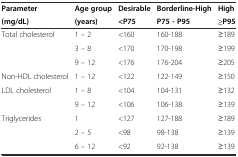
<table><thead><tr><td><b>Parameter</b></td><td><b>Age group</b></td><td><b>Desirable</b></td><td><b>Borderline-High</b></td><td><b>High</b></td></tr><tr><td><b>(mg/dL)</b></td><td><b>(years)</b></td><td><b>&lt;P75</b></td><td><b>P75 - P95</b></td><td><b>≥P95</b></td></tr></thead><tbody><tr><td rowspan="3">Total cholesterol</td><td>1 – 2</td><td>&lt;160</td><td>160-188</td><td>≥189</td></tr><tr><td>3 – 8</td><td>&lt;170</td><td>170-198</td><td>≥199</td></tr><tr><td>9 – 12</td><td>&lt;176</td><td>176-204</td><td>≥205</td></tr><tr><td>Non-HDL cholesterol</td><td>1 – 12</td><td>&lt;122</td><td>122-149</td><td>≥150</td></tr><tr><td rowspan="2">LDL cholesterol</td><td>1 – 8</td><td>&lt;104</td><td>104-131</td><td>≥132</td></tr><tr><td>9 – 12</td><td>&lt;106</td><td>106-138</td><td>≥139</td></tr><tr><td rowspan="3">Triglycerides</td><td>1</td><td>&lt;127</td><td>127-188</td><td>≥189</td></tr><tr><td>2 – 5</td><td>&lt;98</td><td>98-138</td><td>≥139</td></tr><tr><td>6 – 12</td><td>&lt;92</td><td>92-138</td><td>≥139</td></tr></tbody></table>